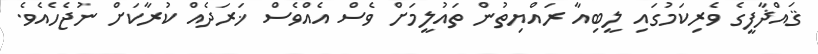
ޤައްޛާފީގެ ވެރިކަމުގައި ލީބިއާ ރައްޔިތުން ތައުލީމަށް ވެސް އެއްވެސް ޚަރަދެއް ކުރާކަށް ނުޖެހެއެވެ.